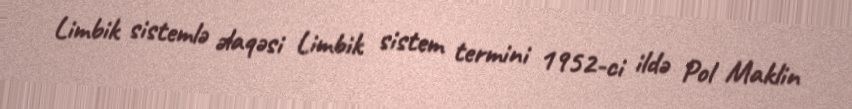
Limbik sistemlə əlaqəsi Limbik sistem termini 1952-ci ildə Pol Maklin